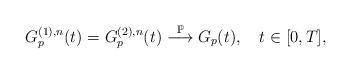
LaTeX: \begin{align*}G^{(1),n}_p(t)=G^{(2),n}_p(t) \overset{\mathbb{P}}{\longrightarrow} G_p(t),~~~ t \in [0,T],\end{align*}